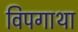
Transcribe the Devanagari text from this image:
विपगाथा